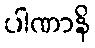
ပါဏာနိ